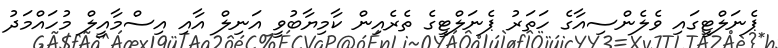
ޕެނަލްޓީގައި ވެލެންސިއާގެ ހަތަރު ޕެނަލްޓީގެ ތެރެއިން ކާމިޔާބުވީ އަނިލް އާއި އިސްމާއީލް މުހައްމަދު